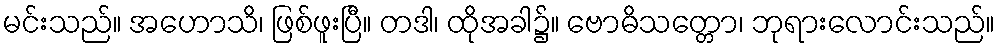
မင်းသည်။ အဟောသိ၊ ဖြစ်ဖူးပြီ။ တဒါ၊ ထိုအခါ၌။ ဗောဓိသတ္တော၊ ဘုရားလောင်းသည်။